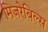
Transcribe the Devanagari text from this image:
मिजरेबिल्स